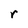
Character: r